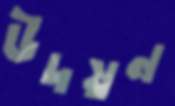
উদয়ন